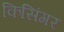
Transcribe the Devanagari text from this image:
किसिंगर